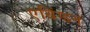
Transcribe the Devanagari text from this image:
एबिंग्डन